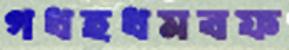
গধহধমবফ